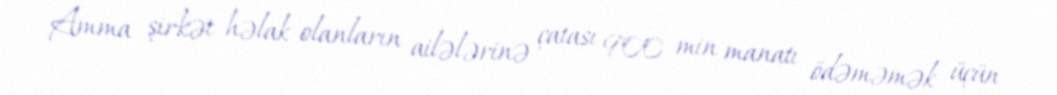
Amma şirkət həlak olanların ailələrinə çatası 900 min manatı ödəməmək üçün